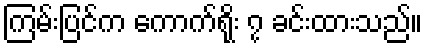
ကြမ်းပြင်က ကောက်ရိုး ၇ ခင်းထားသည်။